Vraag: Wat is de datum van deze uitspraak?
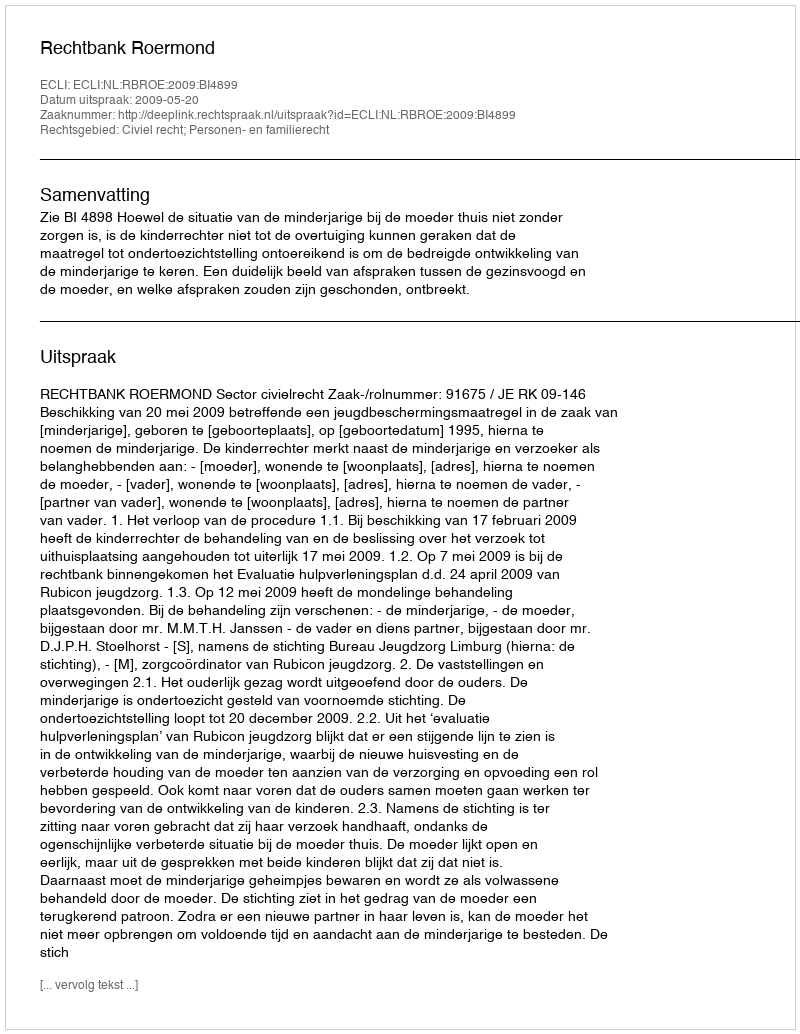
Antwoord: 2009-05-20